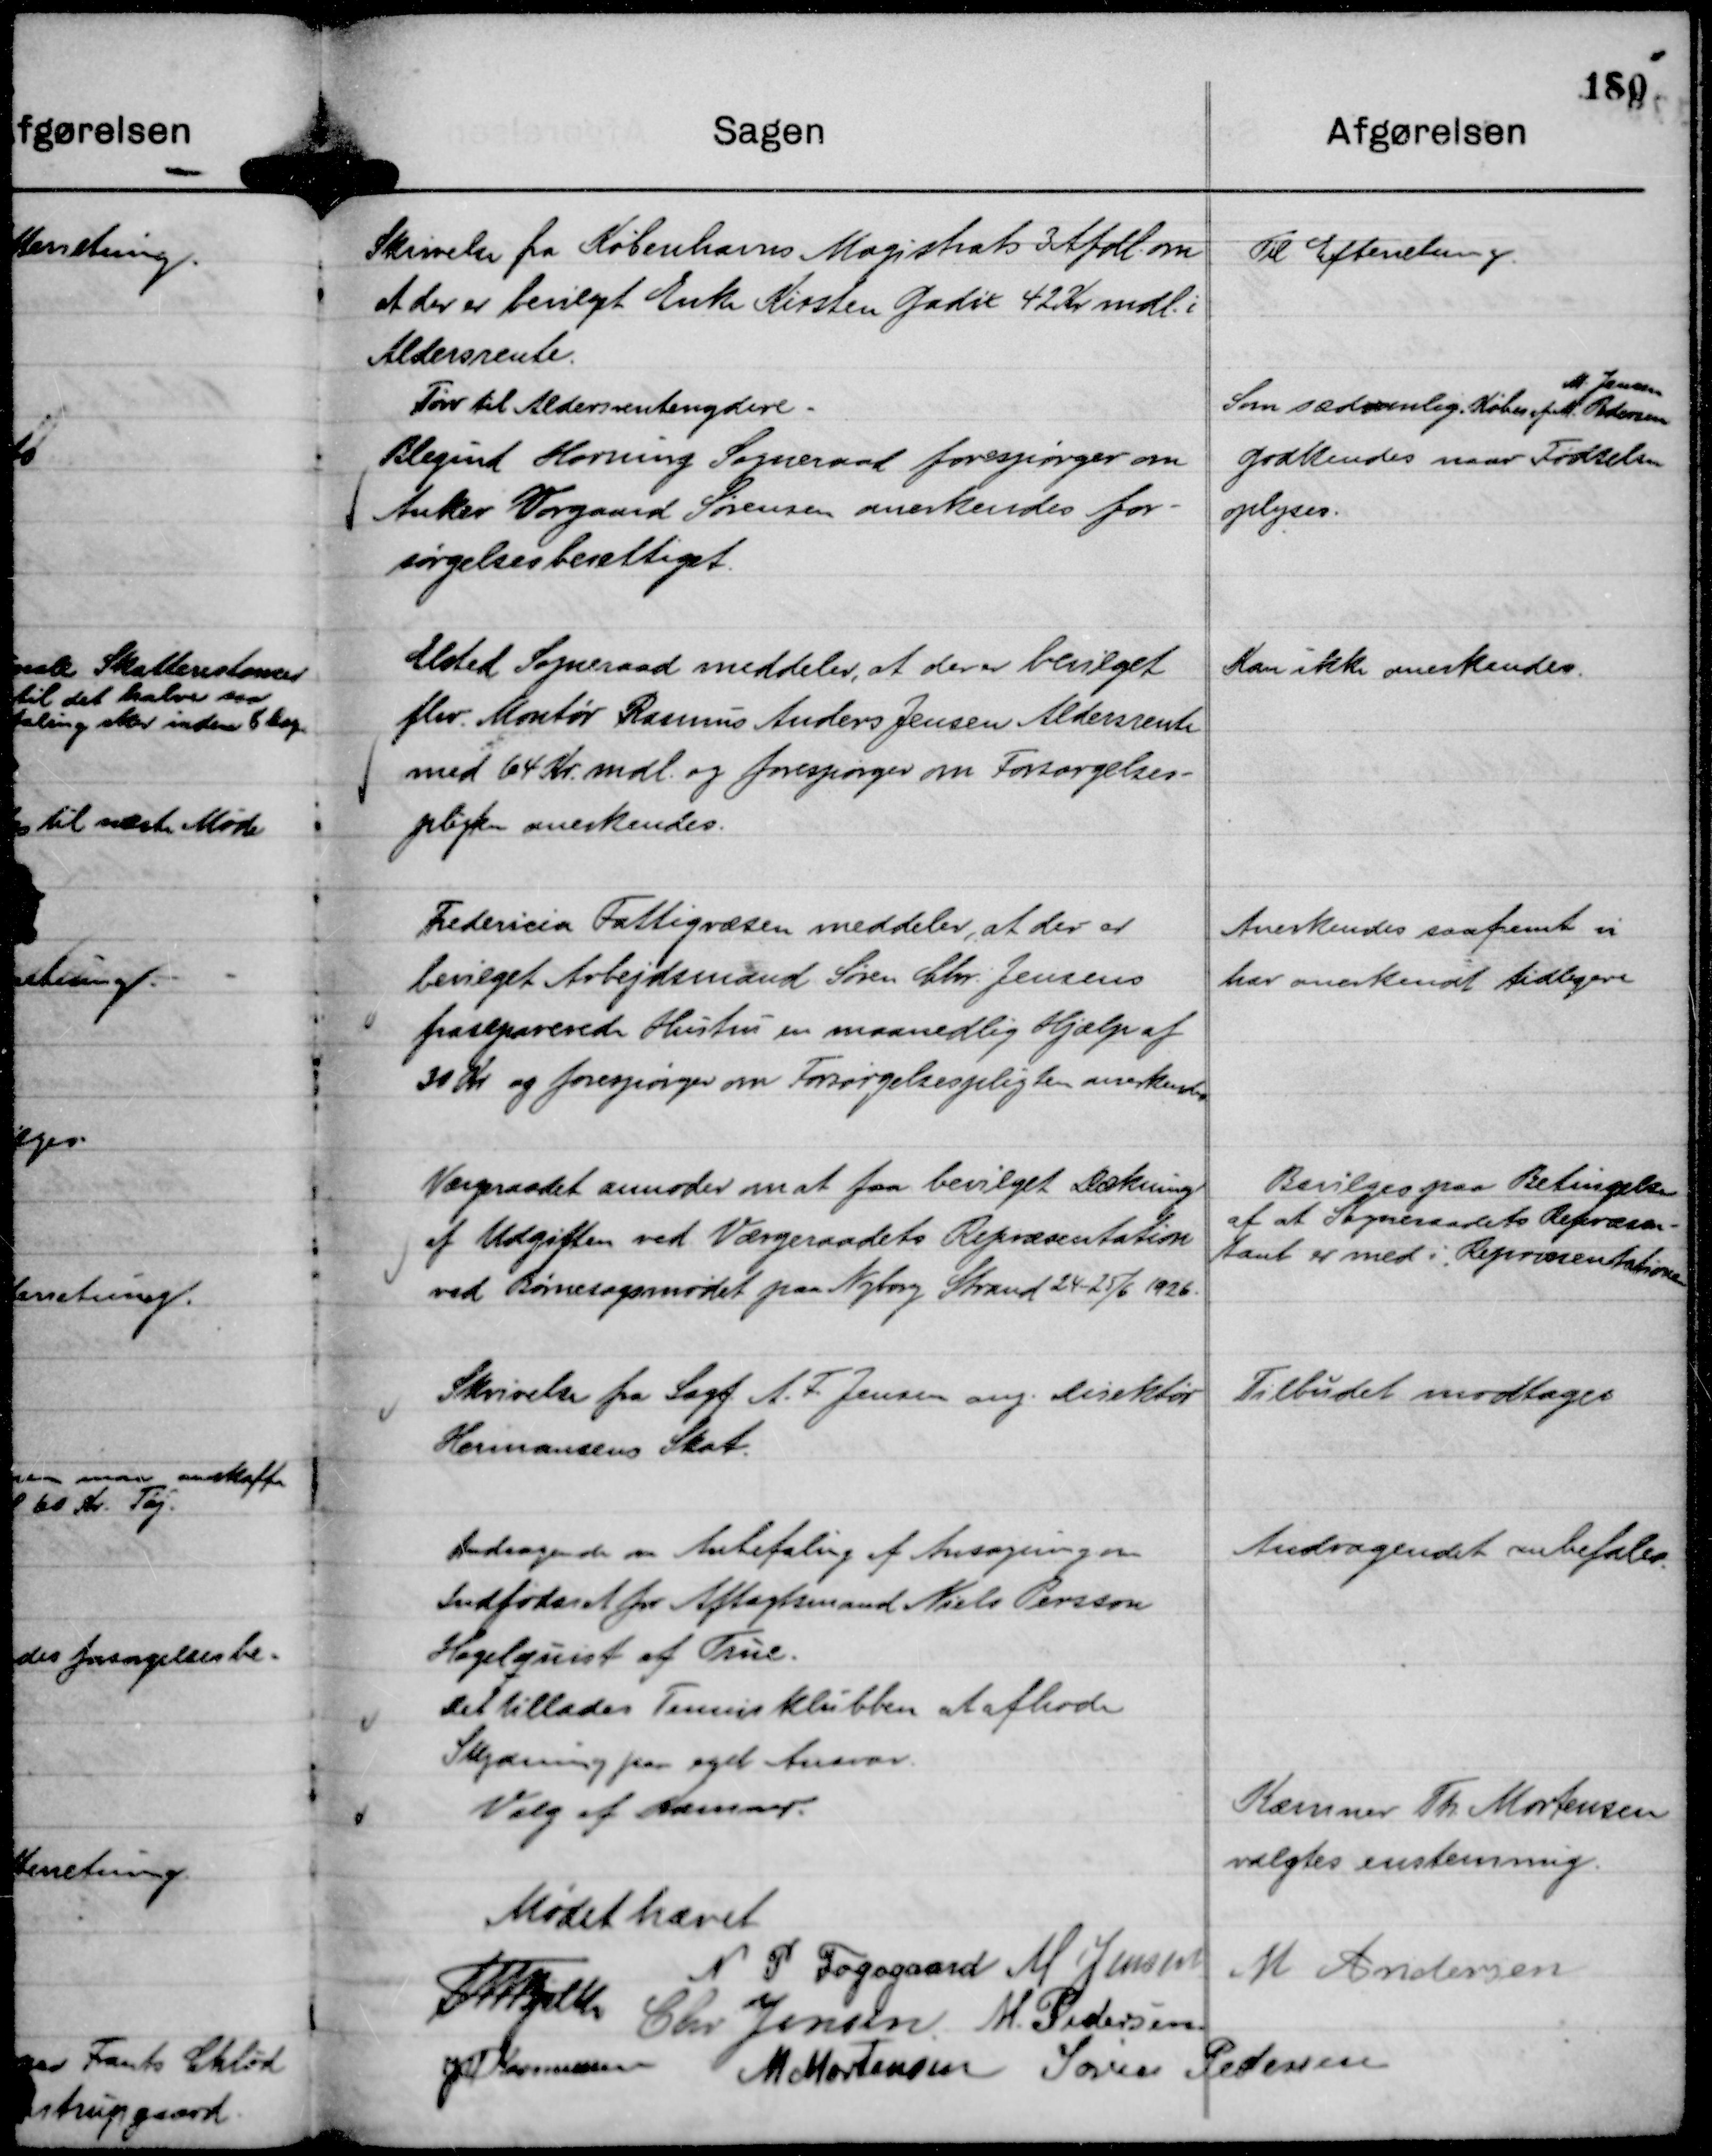
Transskription:
Skrivelse fra Københavns Magistrats 3 Afdl. om
at der er bevilget Enke Kirsten Gadix 42 Kr mdl. i
Aldersrente.

Til Efterretning.

Tørv til Aldersrentenydere.

Som sædvanlig. Købes af M. Pedersen
M. Jensen

Blegind Hørning Sogneraad forespørger om
Anker Worgaard Sørensen anerkendes for-
sørgelsesberettiget.

Godkendes naar Fødselsaa
oplyses.

Elsted Sogneraad meddeler, at der er bevilget
fhv. Montør Rasmus Anders Jensen Aldersrente
med 64 Kr mdl. og forespørger om Forsørgelses-
pligten anerkendes.

Kan ikke anerkendes.

Fredericia Fattigvæsen meddeler, at der er
bevilget Arbejdsmand Søren Chr. Jensens
fraseparerede Hustru en maanedlig Hjælp af
30 Kr og forespørger om Forsørgelsespligten anerkendes

Anerkendes saafremt vi
har anerkendt tidligere

Værgeraadet anmoder om at faa bevilget Dækning
af Udgiften ved Værgeraadets Repræsentation
ved Børnesagsmødet paa Nyborg Strand 24-25/6 1926.

Bevilges paa Betingelse
af at Sogneraadets Repræsen-
tant er med i Repræsentationen

Skrivelse fra Sagf. A. F. Jensen ang. Direktør
Hermansens Skat.

Tilbudet modtages

Andragende om Anbefaling af Ansøgning om
Indfødsret for Aftægtsmand Niels Persson
Hagelquist af True.

Andragendet anbefales.

Det tillades Tennisklubben at afhode
Skydning paa eget Ansvar.

Valg af Kasserer.

Kæmner Th. Mortensen
valgtes enstemmig.

Mødet hævet
Th Bjelke
N P Fogsgaard
M Jensen
M Andersen
Chr. Jensen.
M. Pedersen.
JM Rasmussen
M Mortensen
Søren Pedersen